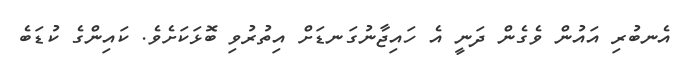
އެނބުރި އައުން ވެގެން ދަނީ އެ ހައިޖާނުގަނޑަށް އިތުރުވި ބޮޅަކަށެވެ. ކައިންގެ ކުޑަބެ